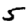
Digit: 5